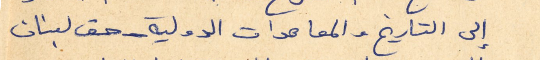
إلى التاريخ والمعاهدات الدولية - حق لبنان